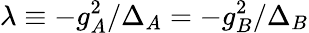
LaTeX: \lambda\equiv-g_{A}^{2}/{\Delta_{A}}=-g_{B}^{2}/{\Delta_{B}}